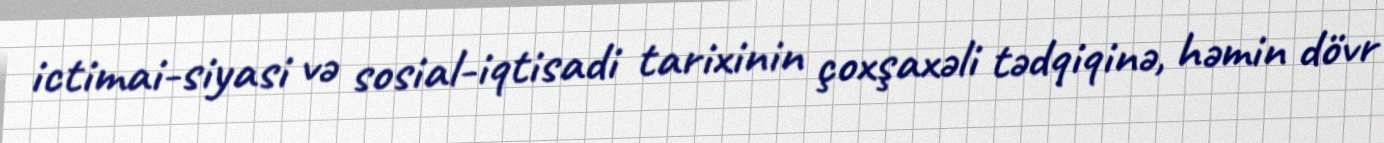
ictimai-siyasi və sosial-iqtisadi tarixinin çoxşaxəli tədqiqinə, həmin dövr